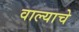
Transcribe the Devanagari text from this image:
वाल्याचे